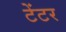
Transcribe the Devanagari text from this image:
टेंटर